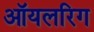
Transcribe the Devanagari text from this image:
ऑयलरिग